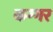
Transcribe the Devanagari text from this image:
कग्गर